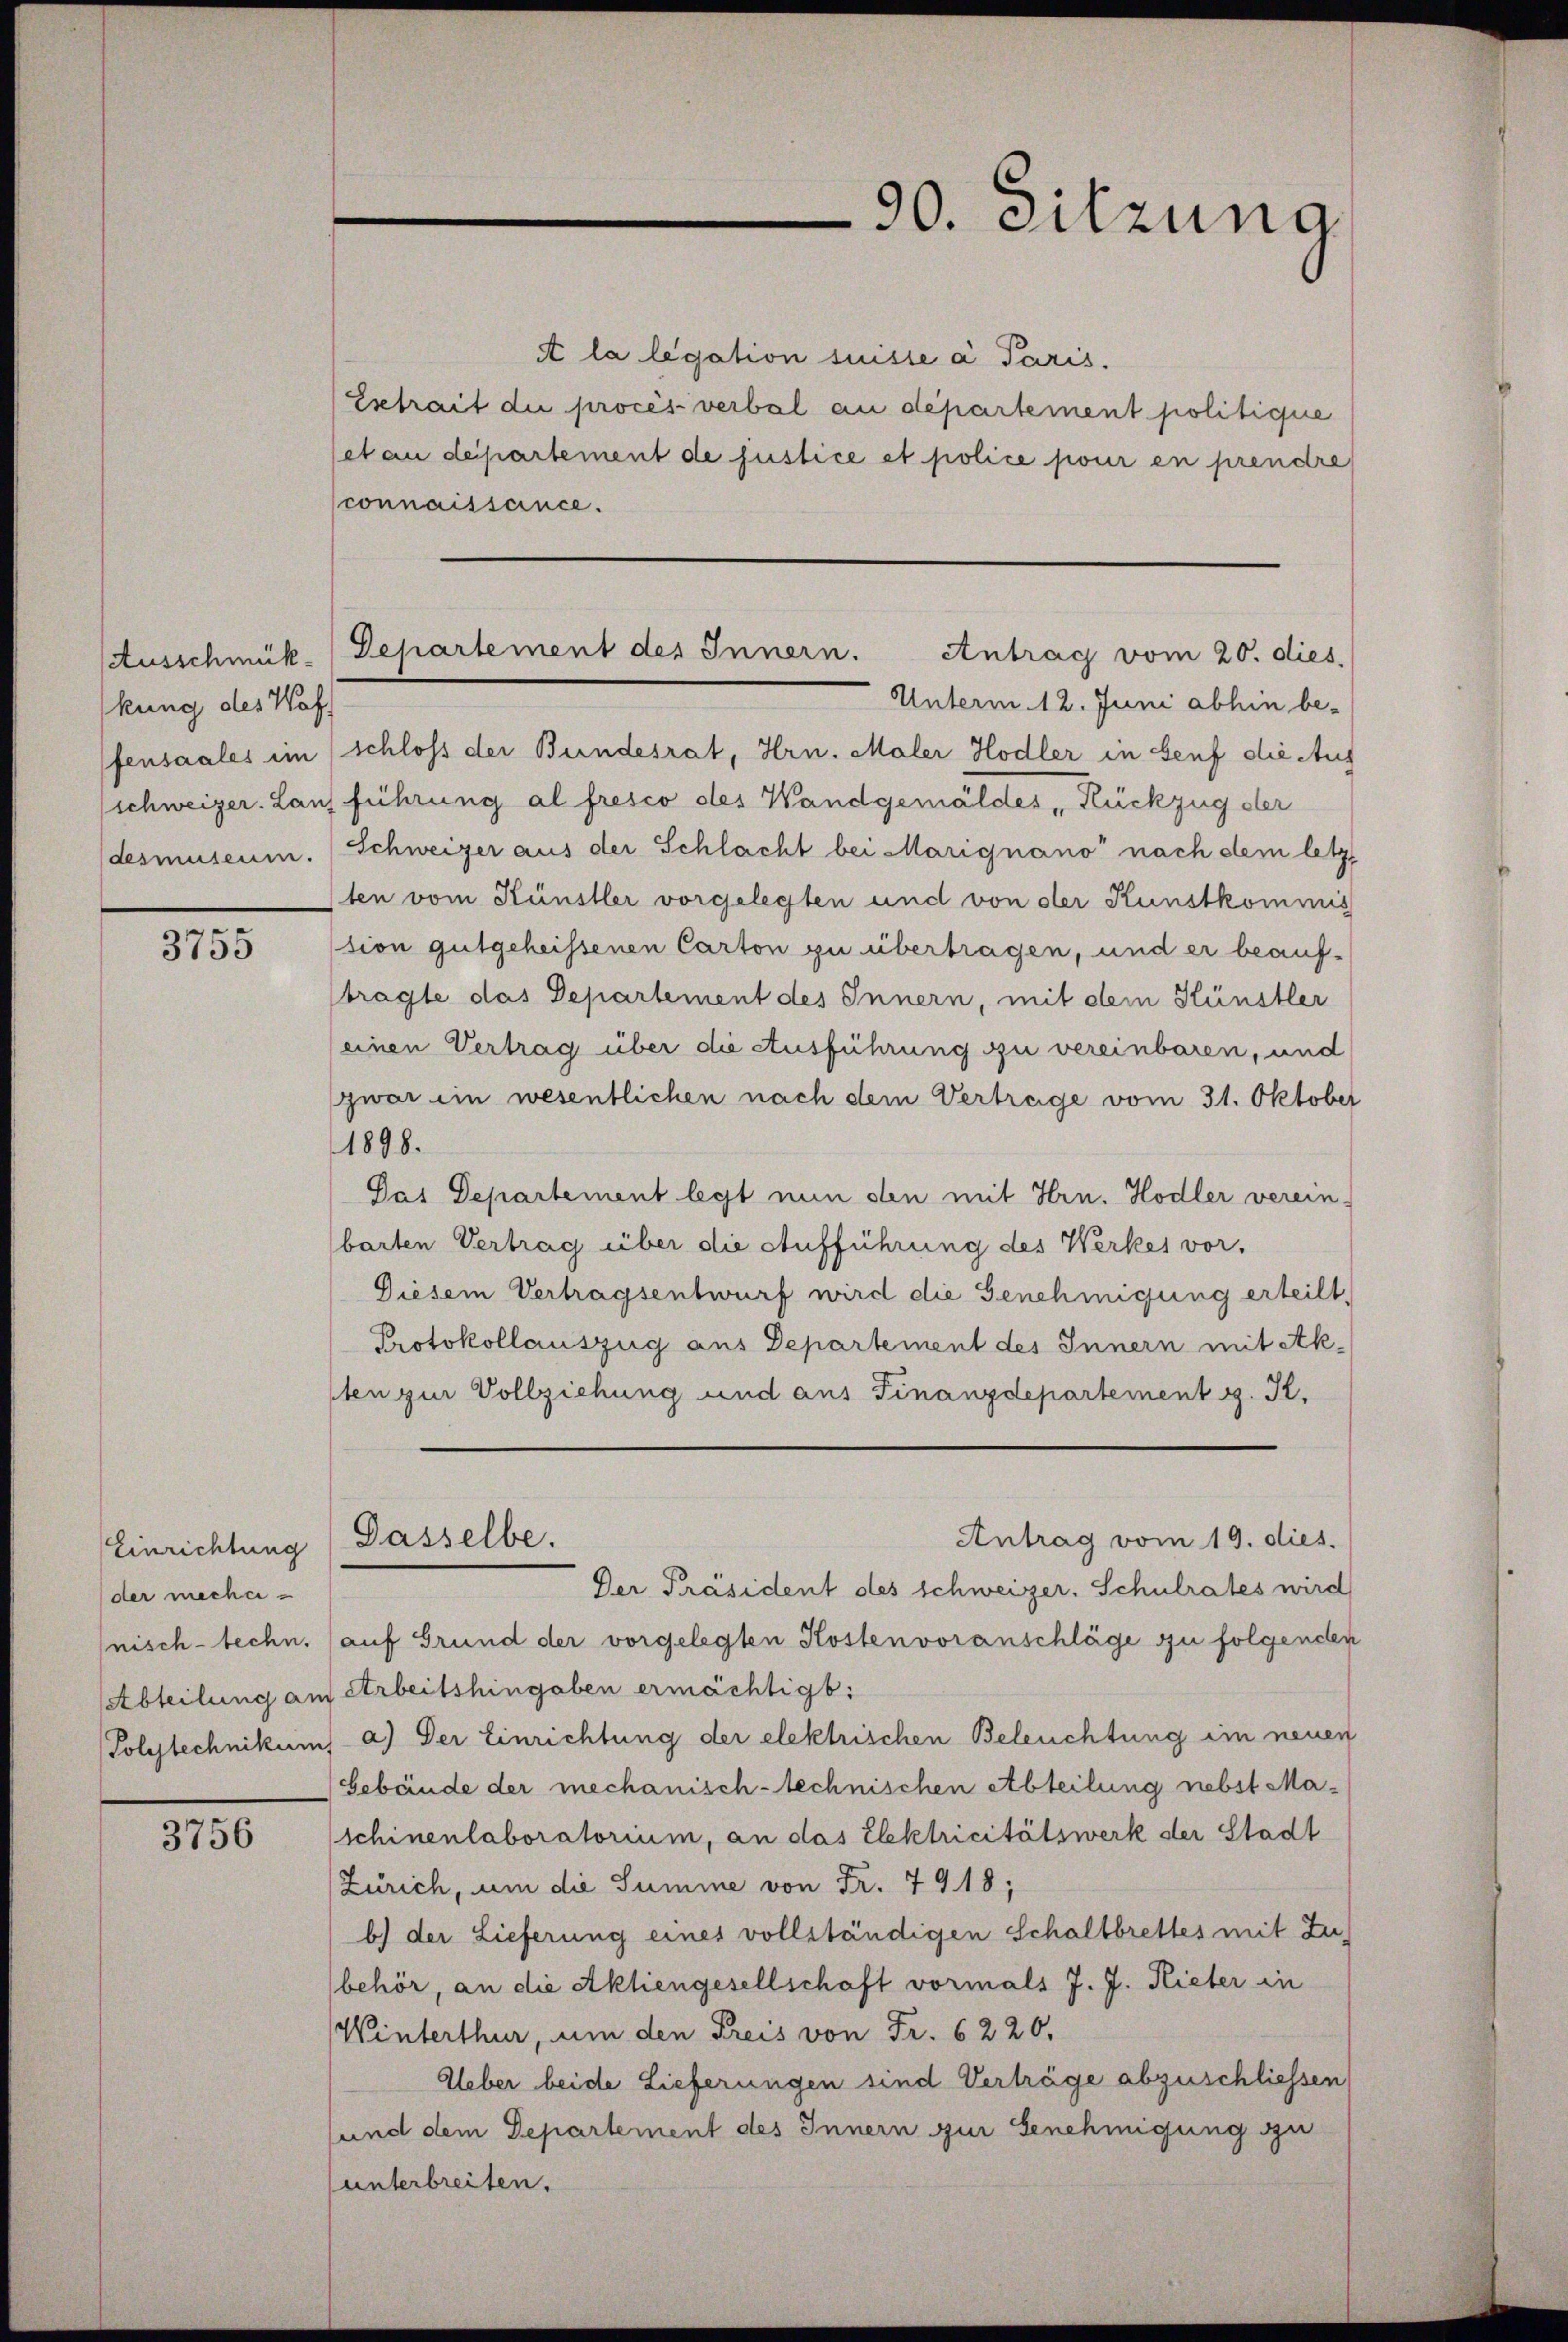
kung des Waf
desmuseum.

3755

Einrichtung
der meche
nisch-techn.
Abteilung an
(Polytechnikum

3756

90. Sitzung

A la legation suisse a Paris.
Estrait die procès-verbal an departement politique
et au departement de justice et police pour en prendre
connaissance.
Unterm 12. Juni abhin be-
fensaales im schloss der Bundesrat, Hrn. Maler Hodler in Senf die Auf
schweizer. Lauf führung al fresco des Wandgemäldes Rückzug der
Schweizer aus der Schlacht bei Marignano“ nach dem letzten vom Künstler vorgelegten und von der Kunstkommis
ssion gutgeheissenen Carton zu übertragen, und er beauftragte das Departement des Innern, mit dem Künstler
einen Vertrag über die Ausführung zu vereinbaren, und
zwar ein wesentlichen nach dem Vertrage vom 31. Oktober
1898.
Das Departement legt nun den mit Hrn. Hodler verein-
barten Vertrag über die Aufführung des Werkes vor,
Diesem Vertragsentwurf wird die Genehmigung erteilt,
Protokollauszug aus Departement des Innern mit Ak-
sten zur Vollziehung und aus Finanzdepartement v. K.
Antrag vom 19. dies.
Dasselbe.
Der Präsident des schweizer. Schulrates wird
auf Grund der vorgelegten Kostenvoranschläge zu folgenden
u Arbeitshingaben ermächtigt:
 a.) Der Einrichtung der elektrischen Beleuchtung im neuen
bebäude der mechanisch-technischen Abteilung nebst Maschinenlaboratorium, an das Elektricitätswerk der Stadt
Zürich, um die Summe von Fr. 7918;
b.) der Lieferung eines vollständigen Schaltbrettes mit Zubehör, an die Aktiengesellschaft vormals J. J. Rieter in
Winterthur, um den Freis von Fr. 6220.
Ueber beide Lieferungen sind Verträge abzuschliessen
sund dem Departement des Innern zur Genehmigung zu
unterbreiten.

Ausschmük-Departement des Innern. Antrag vom 20. dies